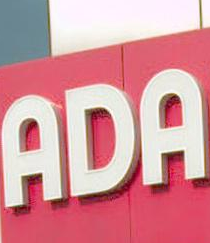
ADA